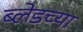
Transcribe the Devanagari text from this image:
ब्लेडच्या